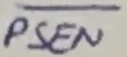
Text: PSEN